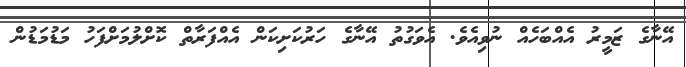
އޭނާގެ ޒަމީރު އެއްބަހެއް ނުވިއެވެ. އެވަގުތު އޭނާގެ ހަރުކަށިކަން އެއްފަރާތް ކޮށްލުމަށްފަހު މަޑުމަޑުން